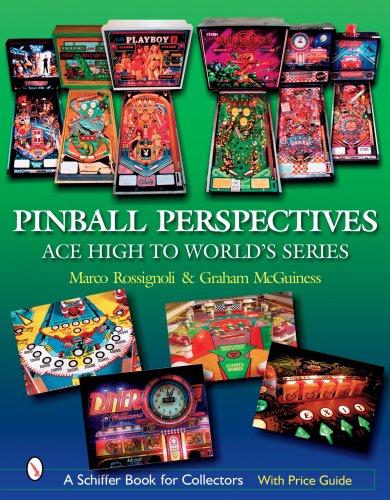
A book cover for Pinball Perspectives: Ace High to World's Series (Schiffer Book for Collectors with Price Guide); Marco Rossignoli; Crafts, Hobbies & Home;